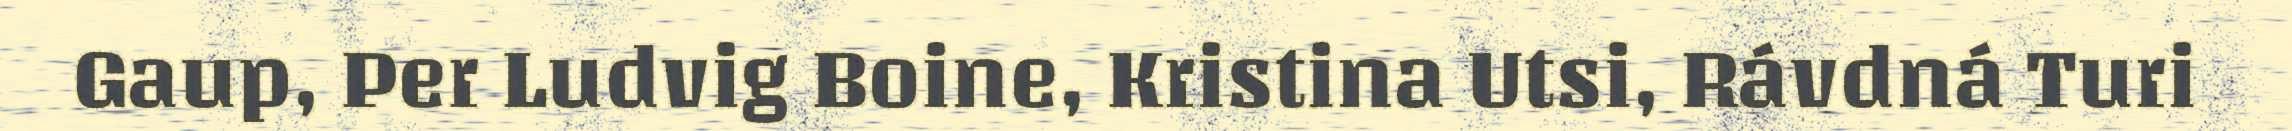
Gaup, Per Ludvig Boine, Kristina Utsi, Rávdná Turi